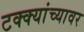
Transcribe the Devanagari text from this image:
टक्‍क्‍यांच्यावर